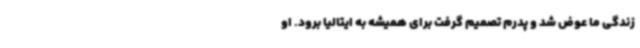
زندگی ما عوض شد و پدرم تصمیم گرفت برای همیشه به ایتالیا برود. او